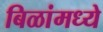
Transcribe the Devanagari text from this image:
बिळांमध्ये